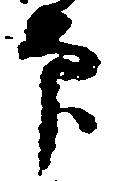
印